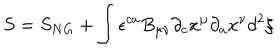
S = S _ { N G } + \int { \epsilon } ^ { c a } B _ { \mu \nu } { \partial } _ { c } x ^ { \mu } { \partial } _ { a } x ^ { \nu } d ^ { 2 } { \xi }